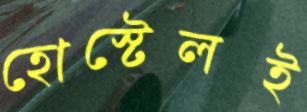
হোস্টেলই